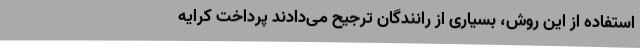
استفاده از این روش، بسیاری از رانندگان ترجیح می‌دادند پرداخت کرایه